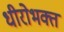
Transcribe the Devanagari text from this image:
धीरोभक्त